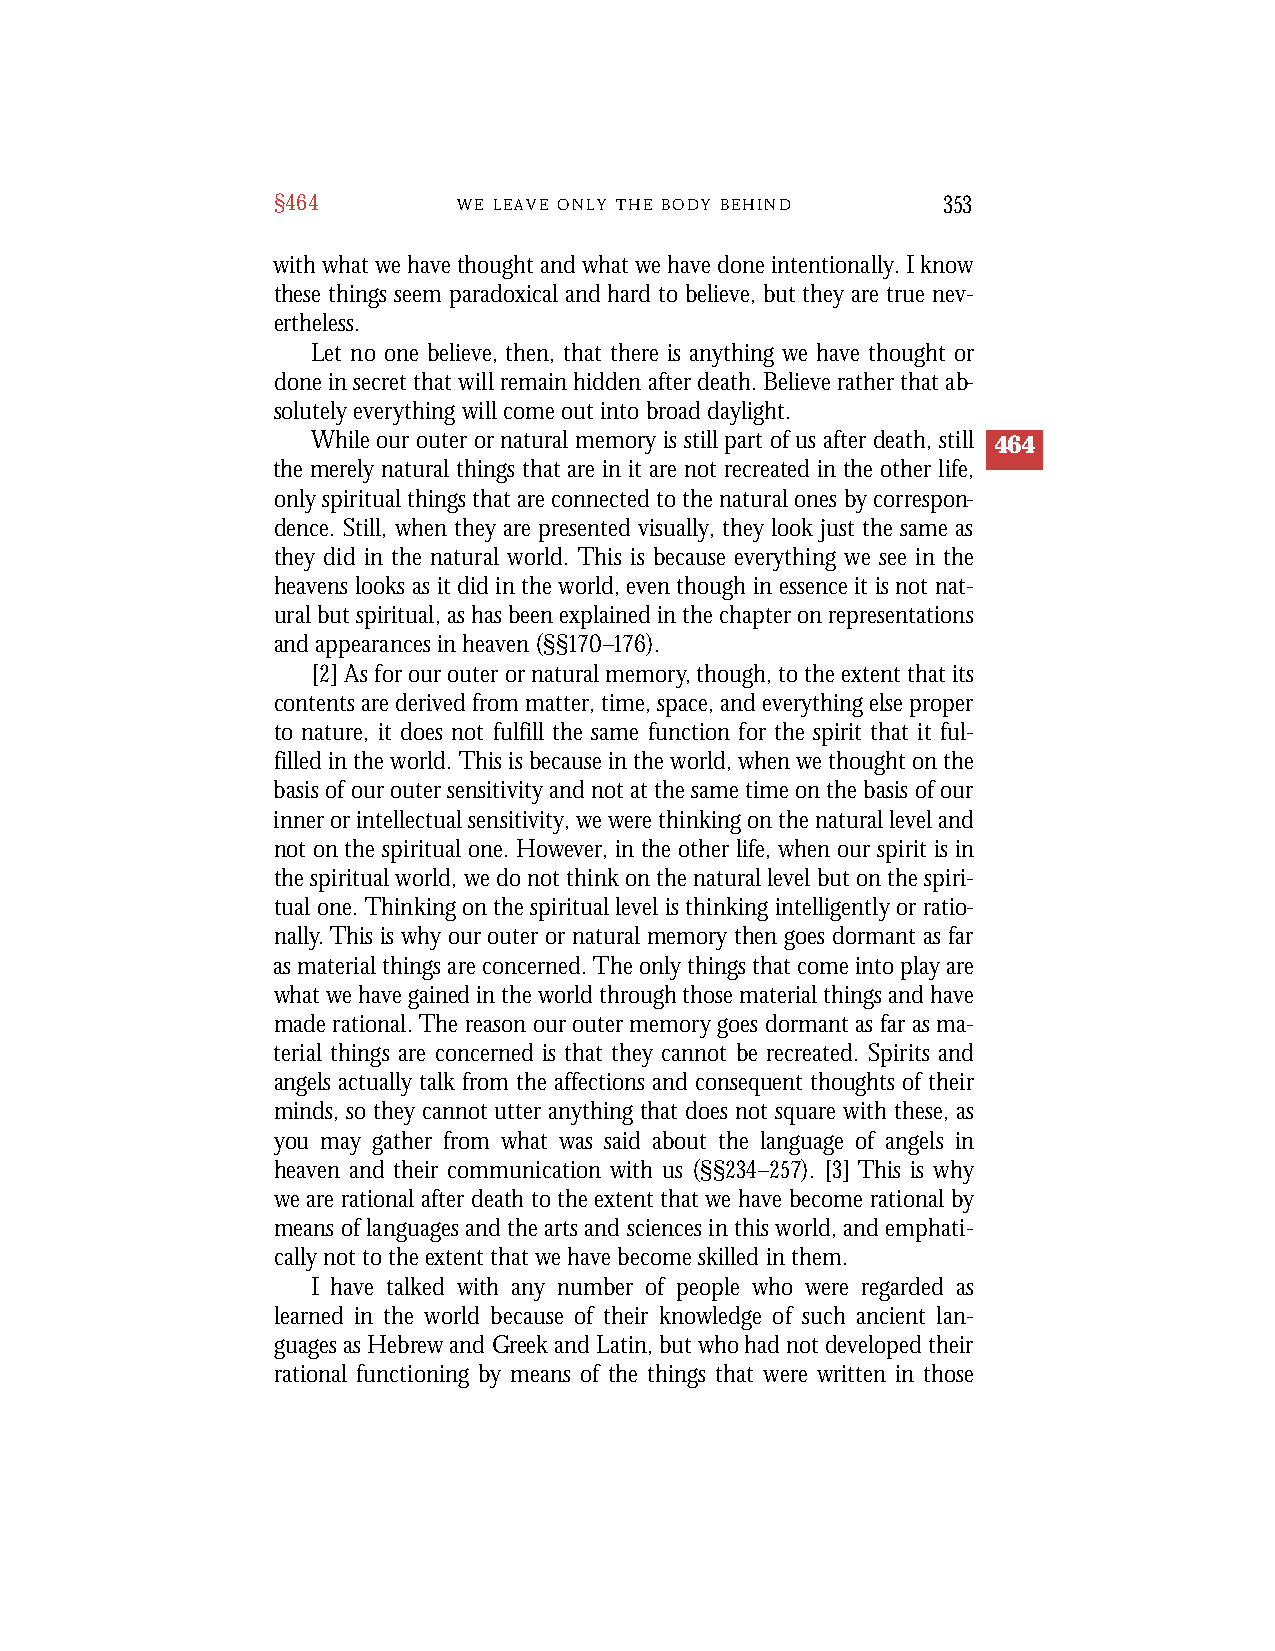
§464        W E L E A V E O N L Y T H E B O D Y B E H I N D 353
 with what we have thought and what we have done intentionally. I know
 these things seem paradoxical and hard to believe, but they are true nev-
 ertheless.
 Let no one believe, then, that there is anything we have thought or
 done in secret that will remain hidden after death. Believe rather that ab-
 solutely everything will come out into broad daylight.
 While our outer or natural memory is still part of us after death, still 464
 the merely natural things that are in it are not recreated in the other life,
 only spiritual things that are connected to the natural ones by correspon-
 dence. Still, when they are presented visually, they look just the same as
 they did in the natural world. This is because everything we see in the
 heavens looks as it did in the world, even though in essence it is not nat-
 ural but spiritual, as has been explained in the chapter on representations
 and appearances in heaven (§§170–176).
 [2] As for our outer or natural memory, though, to the extent that its
 contents are derived from matter, time, space, and everything else proper
 to nature, it does not fulfill the same function for the spirit that it ful-
 filled in the world. This is because in the world, when we thought on the
 basis of our outer sensitivity and not at the same time on the basis of our
 inner or intellectual sensitivity, we were thinking on the natural level and
 not on the spiritual one. However, in the other life, when our spirit is in
 the spiritual world, we do not think on the natural level but on the spiri-
 tual one. Thinking on the spiritual level is thinking intelligently or ratio-
 nally.This is why our outer or natural memory then goes dormant as far
 as material things are concerned. The only things that come into play are
 what we have gained in the world through those material things and have
 made rational. The reason our outer memory goes dormant as far as ma-
 terial things are concerned is that they cannot be recreated. Spirits and
 angels actually talk from the affections and consequent thoughts of their
 minds, so they cannot utter anything that does not square with these, as
 you may gather from what was said about the language of angels in
 heaven and their communication with us (§§234–257). [3] This is why
 we are rational after death to the extent that we have become rational by
 means of languages and the arts and sciences in this world, and emphati-
 cally not to the extent that we have become skilled in them.
 I have talked with any number of people who were regarded as
 learned in the world because of their knowledge of such ancient lan-
 guages as Hebrew and Greek and Latin, but who had not developed their
 rational functioning by means of the things that were written in those